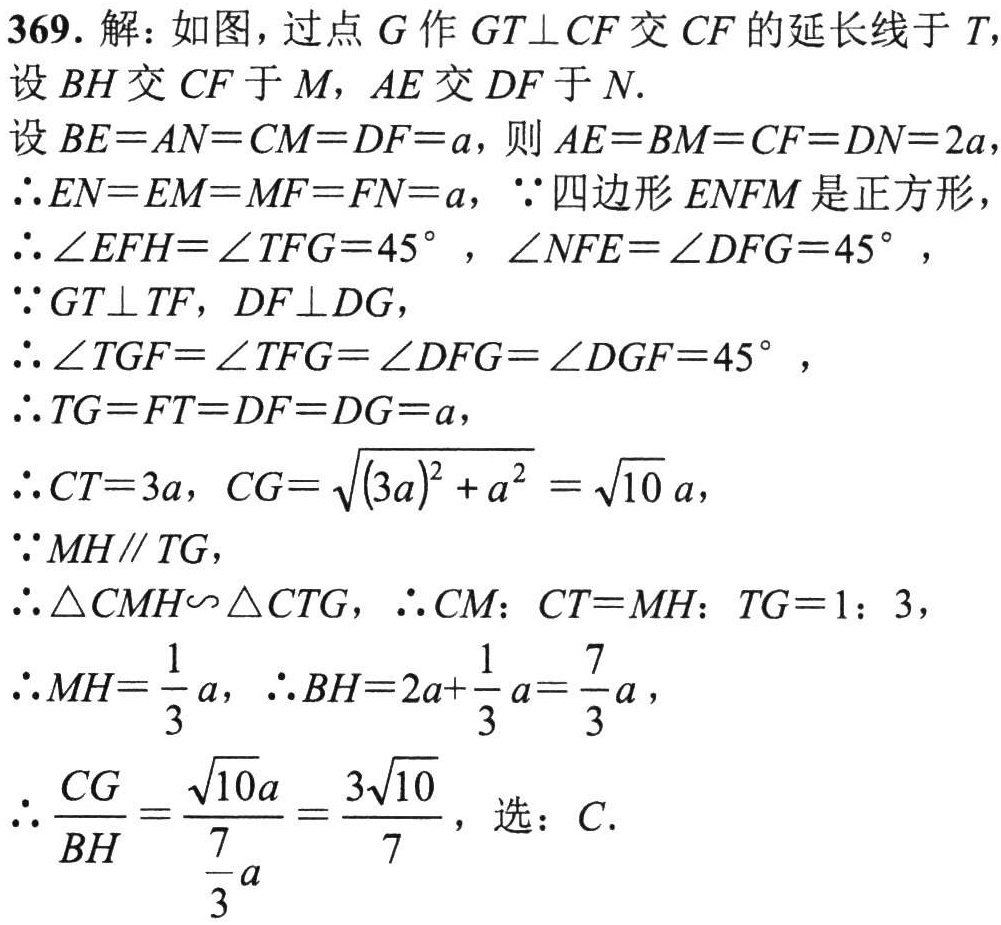
369. 解：如图，过点\(G\)作\(GT\perp CF\)交\(CF\)的延长线于\(T\)，设\(BH\)交\(CF\)于\(M\)，\(AE\)交\(DF\)于\(N\).
设\(BE = AN = CM = DF = a\)，则\(AE = BM = CF = DN = 2a\)，
\(\therefore EN = EM = MF = FN = a\)，\(\because\)四边形\(ENFM\)是正方形，
\(\therefore\angle EFH=\angle TFG = 45^{\circ}\)，\(\angle NFE=\angle DFG = 45^{\circ}\)，
\(\because GT\perp TF\)，\(DF\perp DG\)，
\(\therefore\angle TGF=\angle TFG=\angle DFG=\angle DGF = 45^{\circ}\)，
\(\therefore TG = FT = DF = DG = a\)，
\(\therefore CT = 3a\)，\(CG=\sqrt{(3a)^{2}+a^{2}}=\sqrt{10}a\)，
\(\because MH\parallel TG\)，
\(\therefore\triangle CMH\backsim\triangle CTG\)，\(\therefore CM\)：\(CT = MH\)：\(TG = 1\)：\(3\)，
\(\therefore MH=\frac{1}{3}a\)，\(\therefore BH = 2a+\frac{1}{3}a=\frac{7}{3}a\)，
\(\therefore\frac{CG}{BH}=\frac{\sqrt{10}a}{\frac{7}{3}a}=\frac{3\sqrt{10}}{7}\)，选：\(C\).